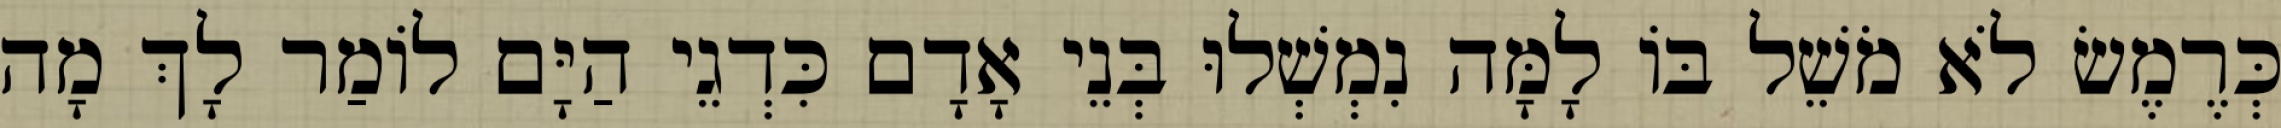
כְּרֶמֶשׂ לֹא מֹשֵׁל בּוֹ לָמָּה נִמְשְׁלוּ בְּנֵי אָדָם כִּדְגֵי הַיָּם לוֹמַר לָךְ מָה